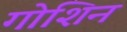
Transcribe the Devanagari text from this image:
गोशिन